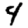
Digit: 4